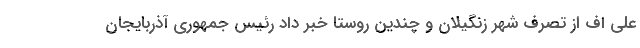
علی اف از تصرف شهر زنگیلان و چندین روستا خبر داد رئیس جمهوری آذربایجان